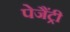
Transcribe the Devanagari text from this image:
पेजैंट्री